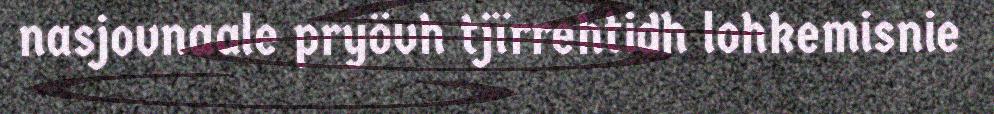
nasjovnaale pryövh tjïrrehtidh lohkemisnie